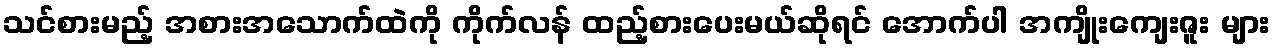
သင်စားမည့် အစားအသောက်ထဲကို ကိုက်လန် ထည့်စားပေးမယ်ဆိုရင် အောက်ပါ အကျိုးကျေးဇူး များ